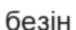
безін